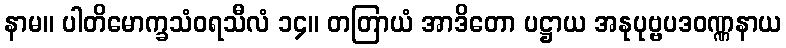
နာမ။ ပါတိမောက္ခသံဝရသီလံ ၁၄။ တတြာယံ အာဒိတော ပဋ္ဌာယ အနုပုဗ္ဗပဒဝဏ္ဏနာယ